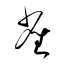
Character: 雀